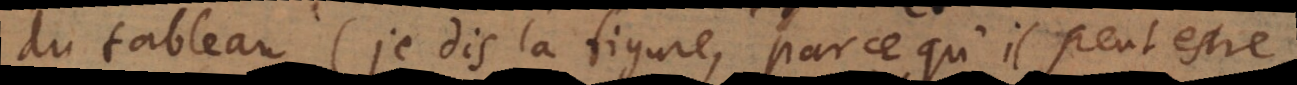
du tableau (je dis la figure, parce qu’il peut estre